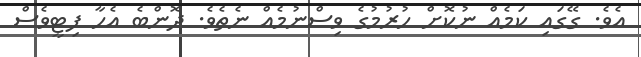
އެވެ. ގޭގައި ކަމެއް ނުކޮށް ހުރުމުގެ ވިސްނުމެއް ނެތެވެ. ދޮންބެ އެހާ ފިޓީވެސް